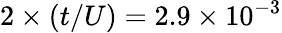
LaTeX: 2\times(t/U)=2.9\times 10^{-3}